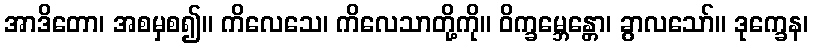
အာဒိတော၊ အစမှစ၍။ ကိလေသေ၊ ကိလေသာတို့ကို။ ဝိက္ခမ္ဘေန္တော၊ ခွာလသော်။ ဒုက္ခေန၊